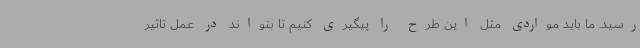
رسید. ما باید مواردی مثل این طرح را پیگیری کنیم تا بتواند در عمل تاثیر